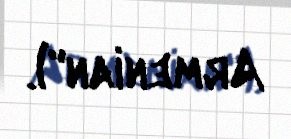
Armenian").